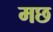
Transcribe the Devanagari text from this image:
मछ